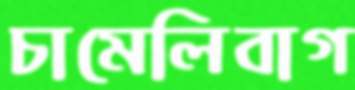
চামেলিবাগ